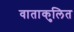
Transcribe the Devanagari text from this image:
वाताकुलित